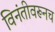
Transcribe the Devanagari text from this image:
विनंतीवरूनच